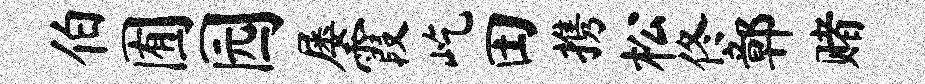
伯囿园屡霞屹田携松佟鄣赌